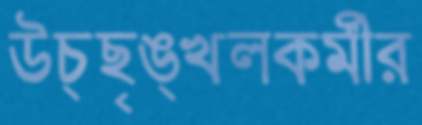
উচ্ছৃঙ্খলকর্মীর